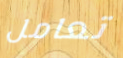
تعامل